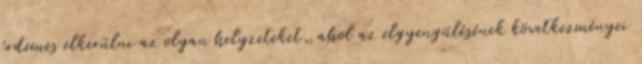
érdemes elkerülni az olyan helyzeteket, ahol az elgyengülésének következményei